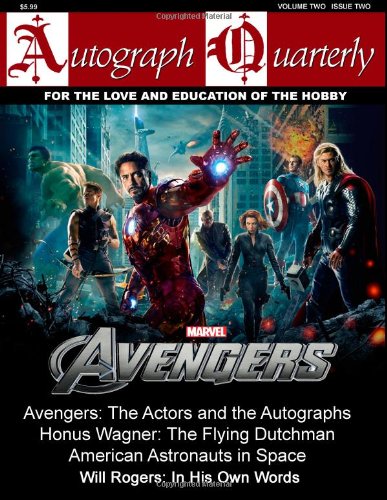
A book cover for Autograph Quarterly Magazine Volume Two Issue Two; Xidas Publishing Group; Crafts, Hobbies & Home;